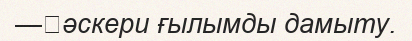
—	әскери ғылымды дамыту.